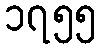
၁၇၅၅